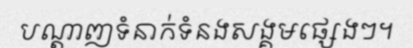
បណ្តាញទំនាក់ទំនងសង្គមផ្សេងៗ។